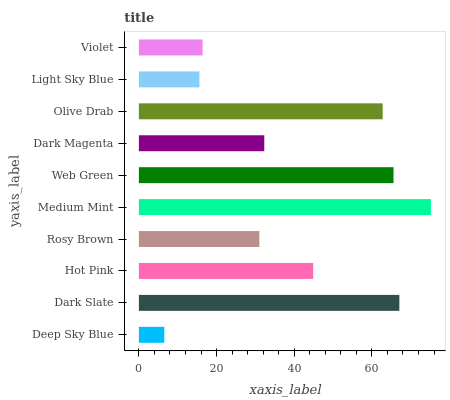
| yaxis_label | bars |
 | --- | --- |
 | Deep Sky Blue | 6.55 |
 | Dark Slate | 67.1 |
 | Hot Pink | 44.9 |
 | Rosy Brown | 31 |
 | Medium Mint | 75.2 |
 | Web Green | 65.6 |
 | Dark Magenta | 32.3 |
 | Olive Drab | 62.8 |
 | Light Sky Blue | 15.6 |
 | Violet | 16.4 |